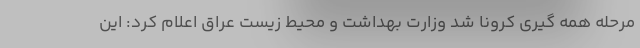
مرحله همه گیری کرونا شد وزارت بهداشت و محیط زیست عراق اعلام کرد: این